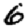
Digit: 6